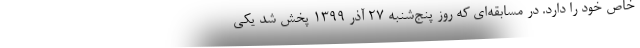
خاص خود را دارد. در مسابقه‌ای که روز پنج‌شنبه 27 آذر 1399 پخش شد یکی